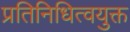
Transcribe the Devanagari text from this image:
प्रतिनिधित्वयुक्त